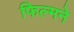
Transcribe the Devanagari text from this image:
फिल्मने